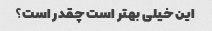
این خیلی بهتر است چقدر است؟